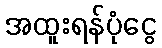
အထူးရန်ပုံငွေ